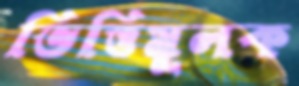
ভিত্তিমূলক